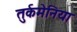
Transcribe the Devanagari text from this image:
तुर्कमेनिया